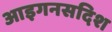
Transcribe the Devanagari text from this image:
आइगनसदिश